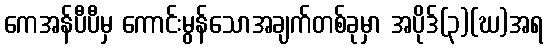
ကေအန်ပီပီမှ ကောင်းမွန်သောအချက်တစ်ခုမှာ အပိုဒ်(၃)(ဃ)အရ